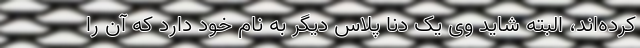
کرده‌اند، البته شاید وی یک دنا پلاس دیگر به نام خود دارد که آن را